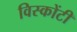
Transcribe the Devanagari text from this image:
विस्कोंटी